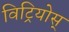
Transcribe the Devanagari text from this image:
विट्रियोस्